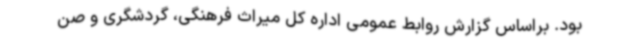
بود. براساس گزارش روابط عمومی اداره کل میراث فرهنگی، گردشگری و صن